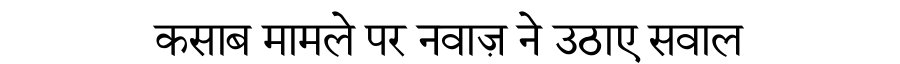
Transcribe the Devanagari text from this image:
कसाब मामले पर नवाज़ ने उठाए सवाल